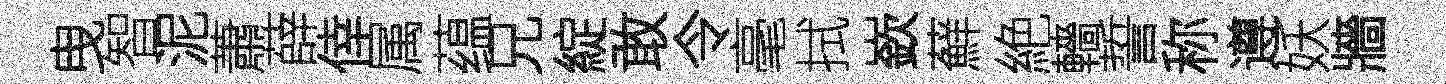
曳智泥蕭薛倖属蕴兄綻敢令毫拭嶔蘚絶轖誓称遵妖牆